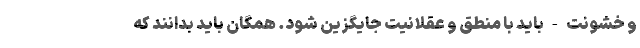
و خشونت - باید با منطق و عقلانیت جایگزین شود. همگان باید بدانند که